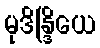
မုဒိန္ဒြိယေ